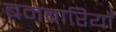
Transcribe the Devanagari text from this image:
बमबारियाँ